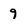
Character: 9